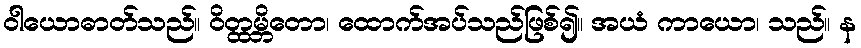
ဝါယောဓာတ်သည်။ ဝိတ္ထမ္ဘိတော၊ ထောက်အပ်သည်ဖြစ်၍။ အယံ ကာယော၊ သည်။ န